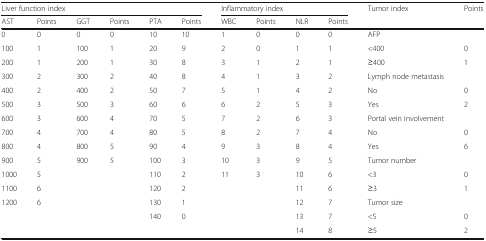
<table><thead><tr><td colspan="6"><b>Liver function index</b></td><td colspan="4"><b>Inflammatory index</b></td><td rowspan="2"><b>Tumor index</b></td><td rowspan="2"><b>Points</b></td></tr><tr><td><b>AST</b></td><td><b>Points</b></td><td><b>GGT</b></td><td><b>Points</b></td><td><b>PTA</b></td><td><b>Points</b></td><td><b>WBC</b></td><td><b>Points</b></td><td><b>NLR</b></td><td><b>Points</b></td></tr></thead><tbody><tr><td>0</td><td>0</td><td>0</td><td>0</td><td>10</td><td>10</td><td>1</td><td>0</td><td>0</td><td>0</td><td>AFP</td><td></td></tr><tr><td>100</td><td>1</td><td>100</td><td>1</td><td>20</td><td>9</td><td>2</td><td>0</td><td>1</td><td>1</td><td>&lt;400</td><td>0</td></tr><tr><td>200</td><td>1</td><td>200</td><td>1</td><td>30</td><td>8</td><td>3</td><td>1</td><td>2</td><td>1</td><td>≥400</td><td>1</td></tr><tr><td>300</td><td>2</td><td>300</td><td>2</td><td>40</td><td>8</td><td>4</td><td>1</td><td>3</td><td>2</td><td>Lymph node metastasis</td><td></td></tr><tr><td>400</td><td>2</td><td>400</td><td>2</td><td>50</td><td>7</td><td>5</td><td>1</td><td>4</td><td>2</td><td>No</td><td>0</td></tr><tr><td>500</td><td>3</td><td>500</td><td>3</td><td>60</td><td>6</td><td>6</td><td>2</td><td>5</td><td>3</td><td>Yes</td><td>2</td></tr><tr><td>600</td><td>3</td><td>600</td><td>4</td><td>70</td><td>5</td><td>7</td><td>2</td><td>6</td><td>3</td><td>Portal vein involvement</td><td></td></tr><tr><td>700</td><td>4</td><td>700</td><td>4</td><td>80</td><td>5</td><td>8</td><td>2</td><td>7</td><td>4</td><td>No</td><td>0</td></tr><tr><td>800</td><td>4</td><td>800</td><td>5</td><td>90</td><td>4</td><td>9</td><td>3</td><td>8</td><td>4</td><td>Yes</td><td>6</td></tr><tr><td>900</td><td>5</td><td>900</td><td>5</td><td>100</td><td>3</td><td>10</td><td>3</td><td>9</td><td>5</td><td>Tumor number</td><td></td></tr><tr><td>1000</td><td>5</td><td></td><td></td><td>110</td><td>2</td><td>11</td><td>3</td><td>10</td><td>6</td><td>&lt;3</td><td>0</td></tr><tr><td>1100</td><td>6</td><td></td><td></td><td>120</td><td>2</td><td></td><td></td><td>11</td><td>6</td><td>≥3</td><td>1</td></tr><tr><td>1200</td><td>6</td><td></td><td></td><td>130</td><td>1</td><td></td><td></td><td>12</td><td>7</td><td>Tumor size</td><td></td></tr><tr><td></td><td></td><td></td><td></td><td>140</td><td>0</td><td></td><td></td><td>13</td><td>7</td><td>&lt;5</td><td>0</td></tr><tr><td></td><td></td><td></td><td></td><td></td><td></td><td></td><td></td><td>14</td><td>8</td><td>≥5</td><td>2</td></tr></tbody></table>